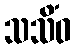
သသိံဝ